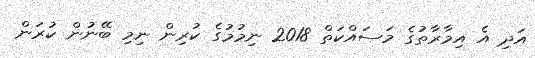
އަދި އެ އިމާރާތުގެ މަސައްކަތް 2018 ނިމުމުގެ ކުރިން ނިމި ބޭނުން ކުރަން